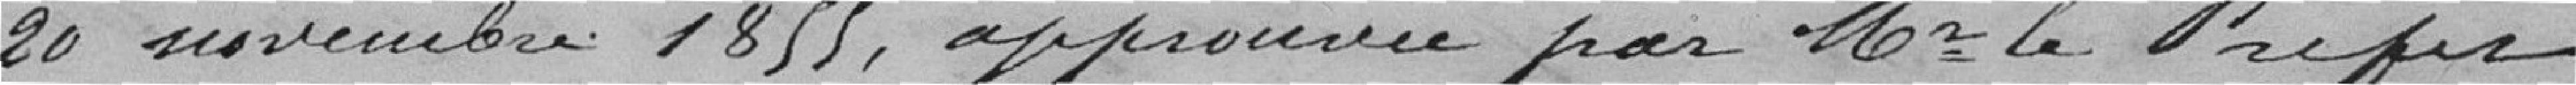
20 novembre 1855, approuvée par Monsieur le Préfet